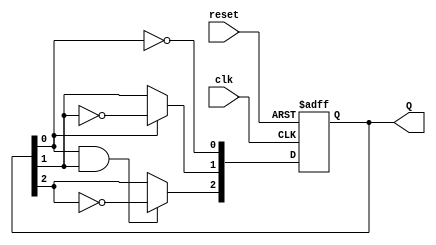
module ripple_counter (
    input wire clk,          // Clock input
    input wire reset,        // Asynchronous reset input
    output reg [2:0] Q       // 3-bit output representing the counter value
);

    // T flip-flop behavior
    always @(posedge clk or posedge reset) begin
        if (reset) begin
            Q <= 3'b000;      // Reset the counter to 0
        end else begin
            // Toggle the flip-flops based on the current state
            Q[0] <= ~Q[0];    // LSB toggles on every clock pulse
            Q[1] <= Q[0] ? ~Q[1] : Q[1]; // Toggle Q[1] on Q[0] falling edge
            Q[2] <= (Q[0] & Q[1]) ? ~Q[2] : Q[2]; // Toggle Q[2] on Q[1] falling edge
        end
    end

endmodule